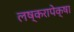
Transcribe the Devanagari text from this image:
लष्करापेक्षा